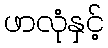
ဖာလုံနှင့်